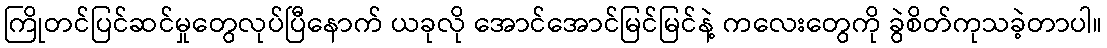
ကြိုတင်ပြင်ဆင်မှုတွေလုပ်ပြီနောက် ယခုလို အောင်အောင်မြင်မြင်နဲ့ ကလေးတွေကို ခွဲစိတ်ကုသခဲ့တာပါ။